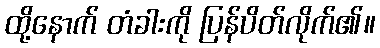
ထို့နောက် တံခါးကို ပြန်ပိတ်လိုက်၏။